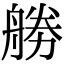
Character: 𠢧